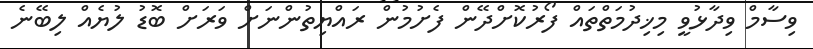
ވިސާމް ވިދާޅުވީ މިޚިދުމަތްތައް ފޯރުކޮށްދޭން ފެށުމުން ރައްޔިތުންނަށް ވަރަށް ބޮޑު ލުޔެއް ލިބޭނެ